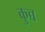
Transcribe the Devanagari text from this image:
कुच्च